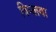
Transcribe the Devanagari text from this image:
विप्लवा